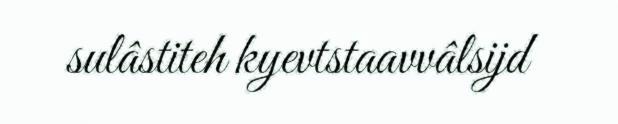
sulâstiteh kyevtstaavvâlsijd